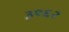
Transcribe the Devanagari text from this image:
३९६२